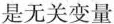
无关变量